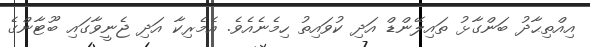
އިއްތިޙާދު ބަންގާޅު ތައިލޭންޑް އަދި ކުވައިތު ހިމެނެއެވެ. އެމެރިކާ އަދި ޖެނީވާގައި ބޫޓާންގެ